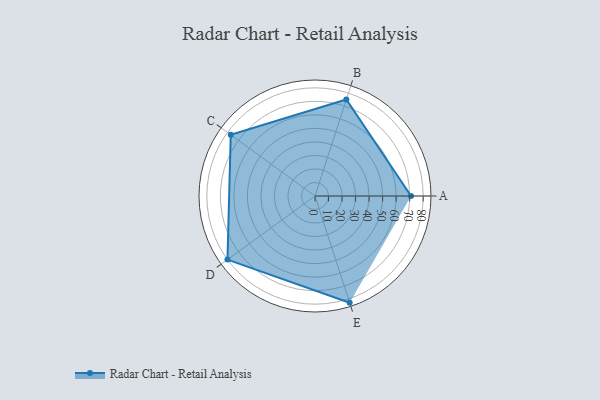
{"axis": {"x": "Skill", "y": "Score"}, "legend": ["Profile"], "data": [{"x": "A", "y": 71.0, "type": "Profile"}, {"x": "B", "y": 75.0, "type": "Profile"}, {"x": "C", "y": 77.0, "type": "Profile"}, {"x": "D", "y": 80.0, "type": "Profile"}, {"x": "E", "y": 83.0, "type": "Profile"}]}